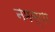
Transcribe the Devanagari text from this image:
नमस्या